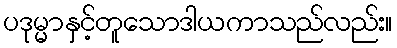
ပဒုမ္မာနှင့်တူသောဒါယကာသည်လည်း။